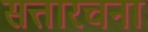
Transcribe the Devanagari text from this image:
सत्तारचना